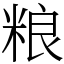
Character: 粮